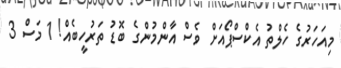
މިއަހަރުގެ ހެލްތު އެކްސްޕޯއަށް ވެސް އާންމުންގެ ބޮޑު ތަރުހީބެއް! 1 މަސް 3